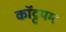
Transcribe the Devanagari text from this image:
कॉट्टयम